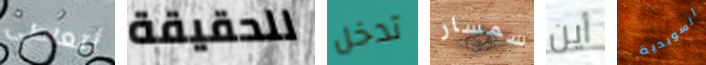
أتعاطى للحقيقة تدخل سمسار أين السويدية